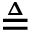
\triangleq